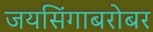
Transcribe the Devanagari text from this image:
जयसिंगाबरोबर